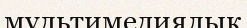
мультимедиялық